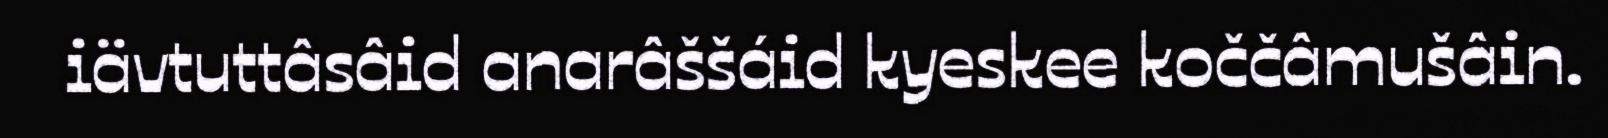
iävtuttâsâid anarâššáid kyeskee koččâmušâin.